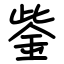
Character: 鈭